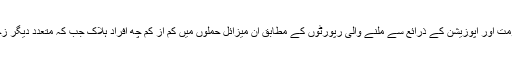
دمشق حکومت اور اپوزیشن کے ذرائع سے ملنے والی رپورٹوں کے مطابق ان میزائل حملوں میں کم از کم چھ افراد ہلاک جب کہ متعدد دیگر زخمی ہوئے۔